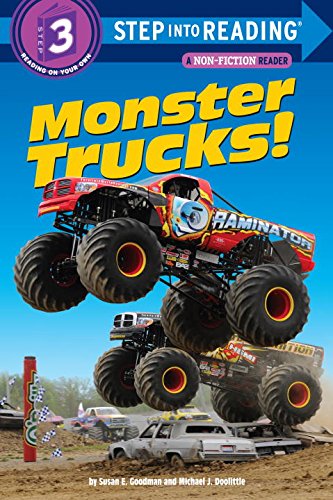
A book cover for Monster Trucks! (Step into Reading); Susan E. Goodman; Children's Books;